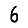
Digit: 6